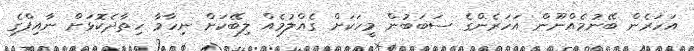
އަހަރެން ބޭނުމެއްނޫން އަހަރެންގެ ސަބަބުން މީހަކަށް ގެއްލުމެއް ލިބޭކަށް ނިހާމާ ހިތާދެކޮޅަށް ނާއިފްގެ